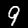
Digit: 9